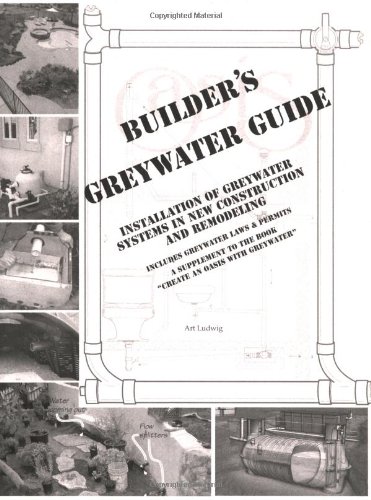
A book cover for Builder's Greywater Guide: Installation of Greywater Systems in New Construction and Remodeling; Art Ludwig; Arts & Photography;